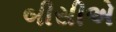
બીસીએ